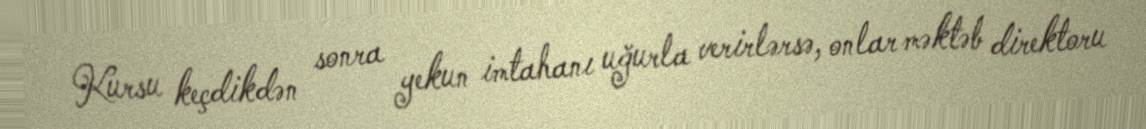
Kursu keçdikdən sonra yekun imtahanı uğurla verirlərsə, onlar məktəb direktoru